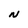
Character: N